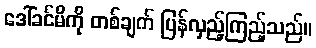
ဒေါ်ခင်မိကို တစ်ချက် ပြန်လှည့်ကြည့်သည်။